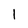
Character: 1